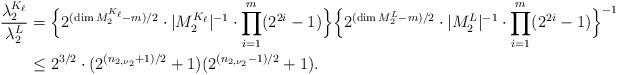
LaTeX: \begin{align*} \frac{\lambda_2^{K_{\ell}}}{\lambda_2^L}&=\Bigl\{2^{(\dim M_2^{K_{\ell}}-m)/2}\cdot|M_2^{K_{\ell}}|^{-1}\cdot\prod_{i=1}^{m}(2^{2i}-1)\Bigr\}\Bigl\{2^{(\dim M_2^L-m)/2}\cdot|M_2^L|^{-1}\cdot\prod_{i=1}^{m}(2^{2i}-1)\Bigr\}^{-1}\\ &\leq 2^{3/2}\cdot(2^{(n_{2,\nu_2}+1)/2}+1)(2^{(n_{2,\nu_2}-1)/2}+1).\end{align*}